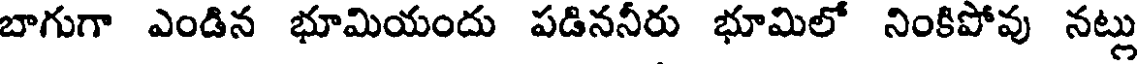
బాగుగా ఎండిన భూమియందు పడిననీరు భూమిలో నింకిపోవు నట్లు